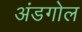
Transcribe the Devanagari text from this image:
अंडगोल